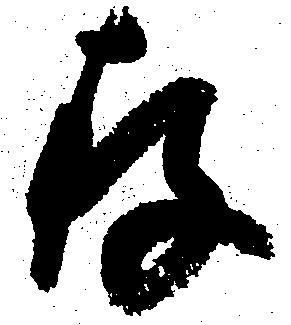
存